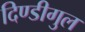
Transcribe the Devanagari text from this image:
दिण्डीगुल